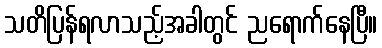
သတိပြန်ရလာသည့်အခါတွင် ညရောက်နေပြီ။